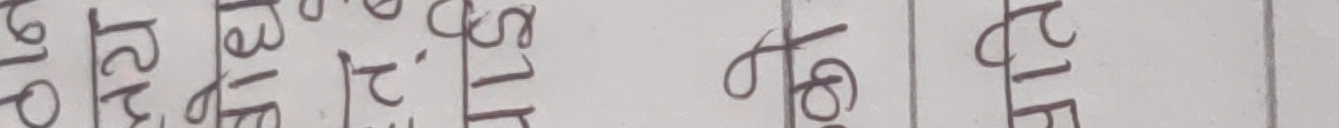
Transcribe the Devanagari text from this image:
१२१ ९३० १८१ ९७ फे २१६